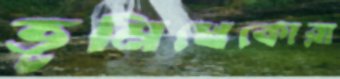
ভূমিখেকোরা